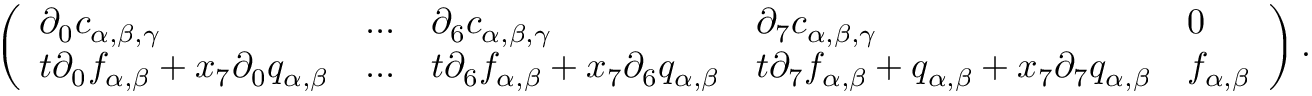
\left( \begin{array} { l l l l l } { \partial _ { 0 } c _ { \alpha , \beta , \gamma } } & { \dots } & { \partial _ { 6 } c _ { \alpha , \beta , \gamma } } & { \partial _ { 7 } c _ { \alpha , \beta , \gamma } } & { 0 } \\ { t \partial _ { 0 } f _ { \alpha , \beta } + x _ { 7 } \partial _ { 0 } q _ { \alpha , \beta } } & { \dots } & { t \partial _ { 6 } f _ { \alpha , \beta } + x _ { 7 } \partial _ { 6 } q _ { \alpha , \beta } } & { t \partial _ { 7 } f _ { \alpha , \beta } + q _ { \alpha , \beta } + x _ { 7 } \partial _ { 7 } q _ { \alpha , \beta } } & { f _ { \alpha , \beta } } \end{array} \right) .